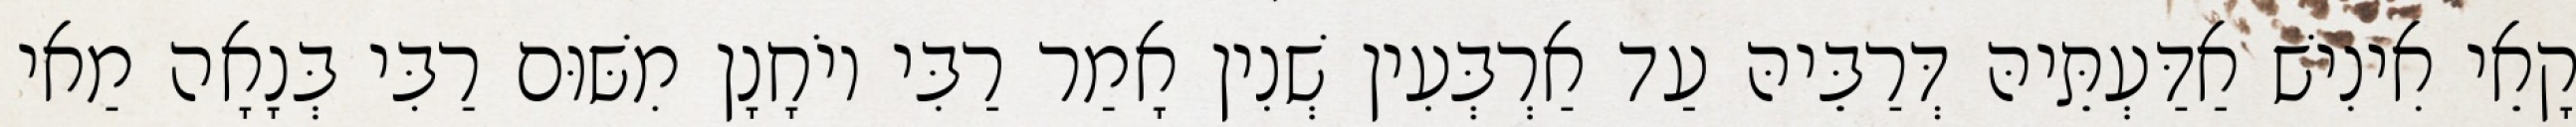
קָאֵי אִינִישׁ אַדַּעְתֵּיהּ דְּרַבֵּיהּ עַד אַרְבְּעִין שְׁנִין אָמַר רַבִּי יוֹחָנָן מִשּׁוּם רַבִּי בְּנָאָה מַאי